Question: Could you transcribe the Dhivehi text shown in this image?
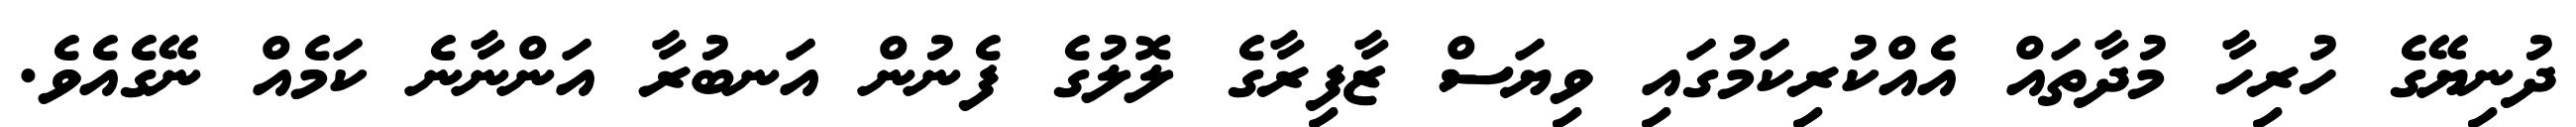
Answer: ދުނިޔޭގެ ހުރިހާ މުދާތައް އެއްކުރިކަމުގައި ވިޔަސް ޒާފިރާގެ ލޮލުގެ ފެނުން އަނބުރާ އަންނާނެ ކަމެއް ނޭގެއެވެ.